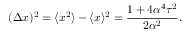
( \Delta x ) ^ { 2 } = \langle x ^ { 2 } \rangle - \langle x \rangle ^ { 2 } = \frac { 1 + 4 \alpha ^ { 4 } \tau ^ { 2 } } { 2 \alpha ^ { 2 } } .